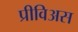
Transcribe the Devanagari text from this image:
प्रीविअस